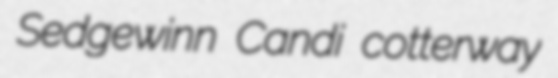
Sedgewinn Candi cotterway